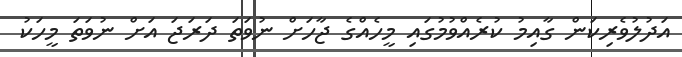
އަދުލުވެރިކަން ގާއިމު ކުރެއްވުމުގައި މީހެއްގެ ޖާހަށް ނުވަތަ ދަރަޖަ އަށް ނުވަތަ މީހަކު